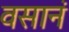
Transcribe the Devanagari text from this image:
वसानं